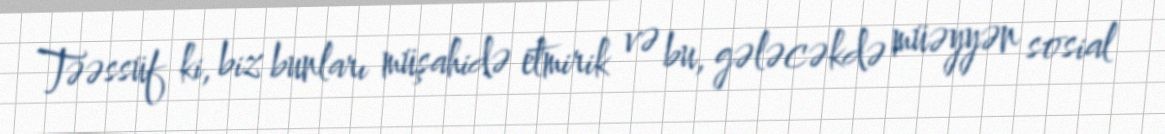
Təəssüf ki, biz bunları müşahidə etmirik və bu, gələcəkdə müəyyən sosial